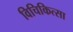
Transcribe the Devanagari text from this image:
विचिकित्सा